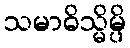
သမာဓိသ္မိမ္ပိ